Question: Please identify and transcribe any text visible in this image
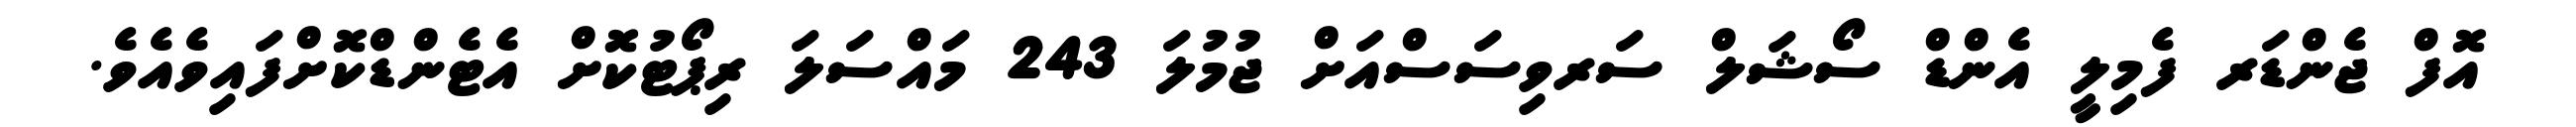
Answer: އޮފް ޖެންޑަރ ފެމިލީ އެންޑް ސޯޝަލް ސަރވިސަސްއަށް ޖުމުލަ 243 މައްސަލަ ރިޕޯޓުކޮށް އެޓެންޑްކޮށްފައިވެއެވެ.